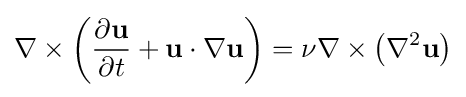
\nabla \times \left({\frac {\partial \mathbf {u} }{\partial t}}+\mathbf {u} \cdot \nabla \mathbf {u} \right)=\nu \nabla \times \left(\nabla ^{2}\mathbf {u} \right)